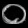
Digit: ၀